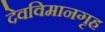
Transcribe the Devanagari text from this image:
देवविमानगृह